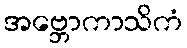
အဗ္ဘောကာသိကံ